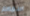
اسمهم